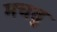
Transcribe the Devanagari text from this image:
मचतु